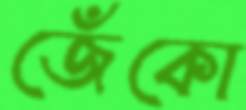
জেঁকো